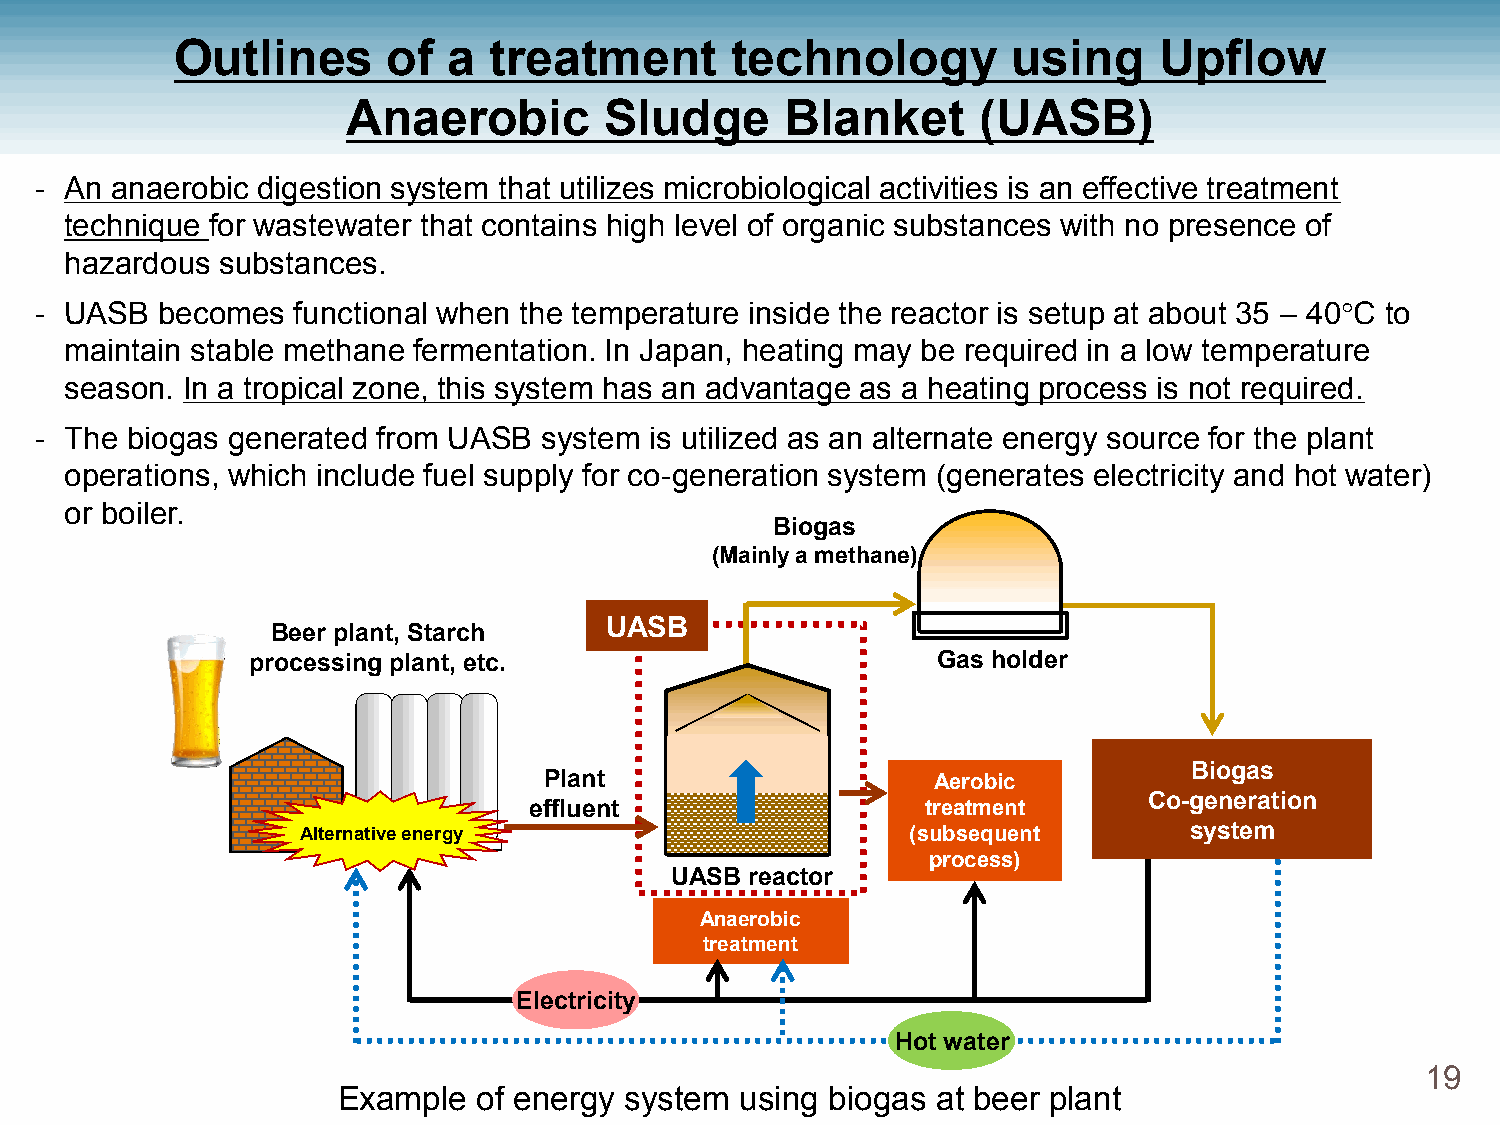
Outlines      of  a treatment       technology         using     Upflow
 Anaerobic        Sludge      Blanket      (UASB)
 - An anaerobic digestion system that utilizes microbiological activities is an effective treatment
 technique for wastewater that contains high level of organic substances with no presence of
 hazardous  substances.
 - UASB  becomes  functional when the temperature inside the reactor is setup at about 35 – 40C to
 maintain stable methane fermentation. In Japan, heating may be required in a low temperature
 season. In a tropical zone, this system has an advantage as a heating process is not required.
 - The biogas generated from UASB  system is utilized as an alternate energy source for the plant
 operations, which include fuel supply for co-generation system (generates electricity and hot water)
 or boiler.
 Biogas
 (Mainly a methane)
 UASB
 Beer plant, Starch
 processing plant, etc.                        Gas holder
 Biogas
 Plant                     Aerobic
 Co-generation
 effluent                  treatment
 Alternative energy                      (subsequent        system
 process)
 UASB  reactor
 Anaerobic
 treatment
 Electricity
 Hot water
 19
 Example   of energy system using biogas at beer plant